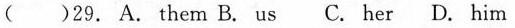
( )29. A. Them B. Us C. Her D. Him